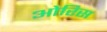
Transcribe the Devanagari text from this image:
ओरिस